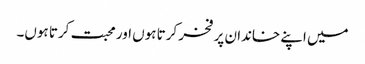
میں اپنے خاندان پر فخر کرتا ہوں اور محبت کرتا ہوں۔